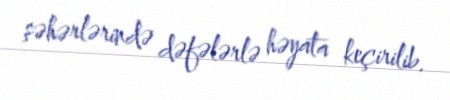
şəhərlərində dəfələrlə həyata keçirilib.